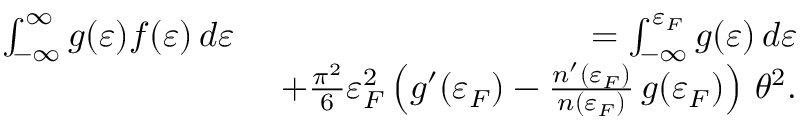
\begin{array} { r l r } & { \int _ { - \infty } ^ { \infty } g ( \varepsilon ) f ( \varepsilon ) \, d \varepsilon ~ } & { = \int _ { - \infty } ^ { \varepsilon _ { F } } g ( \varepsilon ) \, d \varepsilon } \\ & { } & { + \frac { \pi ^ { 2 } } { 6 } \varepsilon _ { F } ^ { 2 } \left( g ^ { \prime } ( \varepsilon _ { F } ) - \frac { n ^ { \prime } ( \varepsilon _ { F } ) } { n ( \varepsilon _ { F } ) } \, g ( \varepsilon _ { F } ) \right) \, \theta ^ { 2 } . } \end{array}